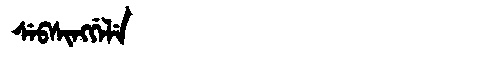
Manchu: ᠰᡝᠪᠰᡳᠩᡤᡝᠯᡝ
Romanization: SEBSINGGELE